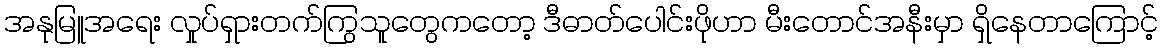
အနုမြူအရေး လှုပ်ရှားတက်ကြွသူတွေကတော့ ဒီဓာတ်ပေါင်းဖိုဟာ မီးတောင်အနီးမှာ ရှိနေတာကြောင့်